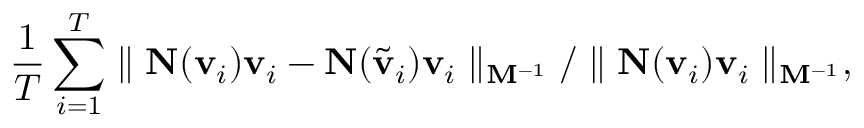
\frac { 1 } { T } \sum _ { i = 1 } ^ { T } \parallel \ensuremath { \mathbf { N } } ( \ensuremath { \mathbf { v } } _ { i } ) \ensuremath { \mathbf { v } } _ { i } - \ensuremath { \mathbf { N } } ( \tilde { \ensuremath { \mathbf { v } } } _ { i } ) \ensuremath { \mathbf { v } } _ { i } \parallel _ { \ensuremath { \mathbf { M } } ^ { - 1 } } / \parallel \ensuremath { \mathbf { N } } ( \ensuremath { \mathbf { v } } _ { i } ) \ensuremath { \mathbf { v } } _ { i } \parallel _ { \ensuremath { \mathbf { M } } ^ { - 1 } } ,